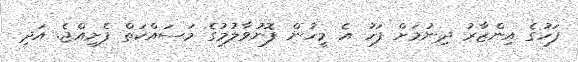
ފަހުގެ އިންޒާރު ދިނުމަށް ފަހު އެ މީހުން ފޮނުވާލުމުގެ މަސައްކަތް ފެށިއްޖެ. އަދި